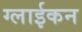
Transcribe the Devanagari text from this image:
ग्लाईकन